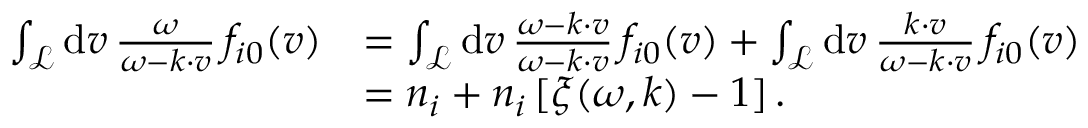
\begin{array} { r l } { \int _ { \mathcal { L } } \mathrm { d } \boldsymbol { v } \, \frac { \omega } { \omega - \boldsymbol { k } \cdot \boldsymbol { v } } \, f _ { i 0 } ( \boldsymbol { v } ) } & { = \int _ { \mathcal { L } } \mathrm { d } \boldsymbol { v } \, \frac { \omega - \boldsymbol { k } \cdot \boldsymbol { v } } { \omega - \boldsymbol { k } \cdot \boldsymbol { v } } \, f _ { i 0 } ( \boldsymbol { v } ) + \int _ { \mathcal { L } } \mathrm { d } \boldsymbol { v } \, \frac { \boldsymbol { k } \cdot \boldsymbol { v } } { \omega - \boldsymbol { k } \cdot \boldsymbol { v } } \, f _ { i 0 } ( \boldsymbol { v } ) } \\ & { = n _ { i } + n _ { i } \, [ \xi ( \omega , \boldsymbol { k } ) - 1 ] \, . } \end{array}